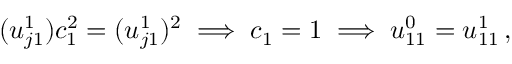
( u _ { j 1 } ^ { 1 } ) c _ { 1 } ^ { 2 } = ( u _ { j 1 } ^ { 1 } ) ^ { 2 } \implies c _ { 1 } = 1 \implies u _ { 1 1 } ^ { 0 } = u _ { 1 1 } ^ { 1 } \, ,